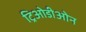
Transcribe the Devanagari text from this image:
ट्रिओडीओन